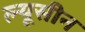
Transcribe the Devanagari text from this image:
ल्यूसीन